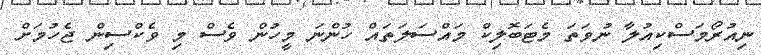
ނިއުރޯމަސްކިއުލާ ނުވަތަ މެޓަބޮލިކް މައްސަލަތައް ހުންނަ މީހުން ވެސް މި ވެކްސިން ޖެހުމަށް